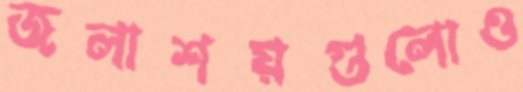
জলাশয়গুলোও